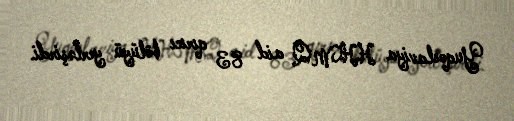
Yuqoslaviya HHMQ aid 83 qırıcı bölüyü yerləşirdi.